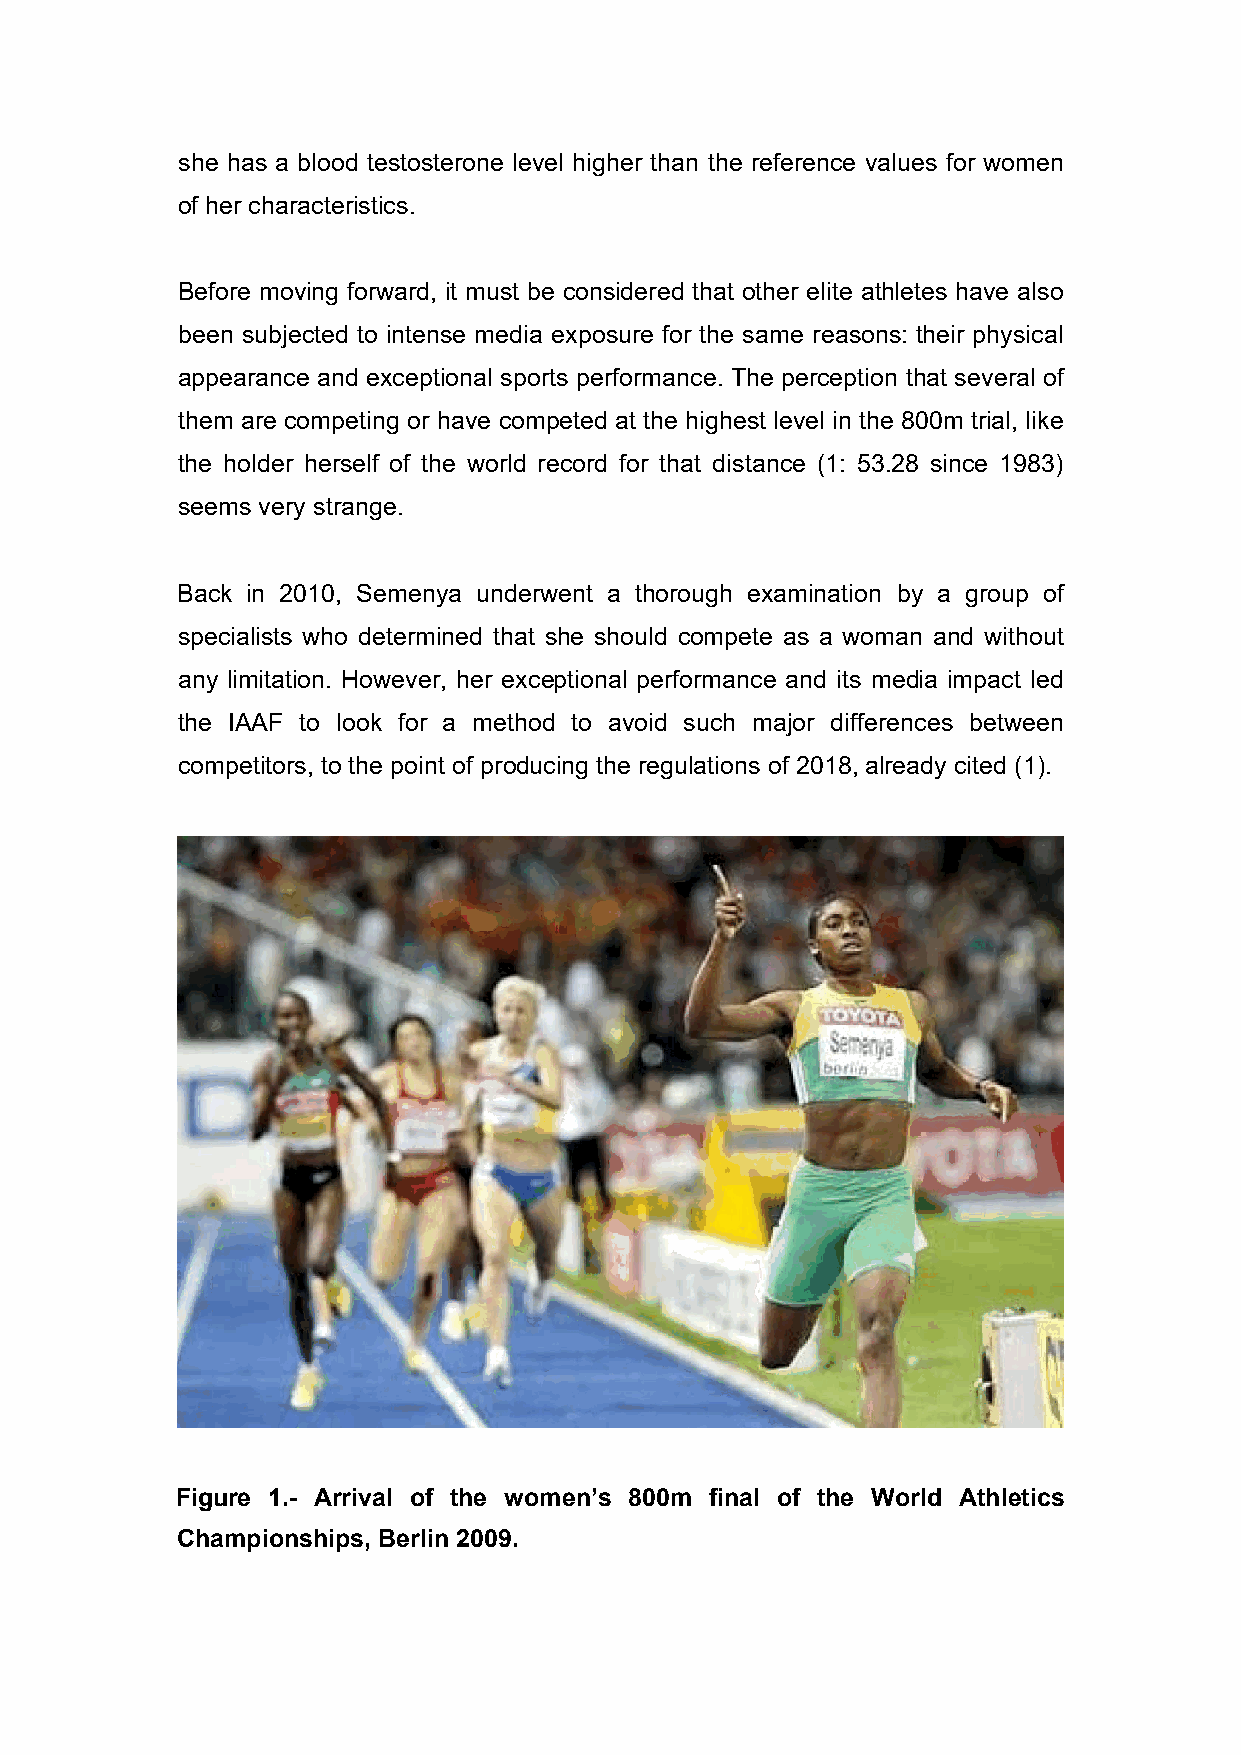
she has a blood testosterone level higher than the reference values for women
 of her characteristics.
 Before moving forward, it must be considered that other elite athletes have also
 been subjected to intense media exposure for the same reasons: their physical
 appearance and exceptional sports performance. The perception that several of
 them are competing or have competed at the highest level in the 800m trial, like
 the holder herself of the world record for that distance (1: 53.28 since 1983)
 seems very strange.
 Back in 2010, Semenya underwent a thorough examination by a group of
 specialists who determined that she should compete as a woman and without
 any limitation. However, her exceptional performance and its media impact led
 the IAAF to look for a method to avoid such major differences between
 competitors, to the point of producing the regulations of 2018, already cited (1).
 Figure 1.- Arrival of the women’s 800m final of the World Athletics
 Championships, Berlin 2009.